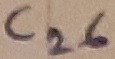
Text: C26